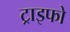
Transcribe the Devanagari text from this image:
ट्राइफो